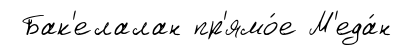
Бак'елалан пр'ямо́е М'еда́н